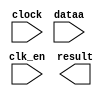
// megafunction wizard: %ALTFP_CONVERT%VBB%
// GENERATION: STANDARD
// VERSION: WM1.0
// MODULE: ALTFP_CONVERT 

// ============================================================
// Megafunction Name(s):
// 			ALTFP_CONVERT
//
// Simulation Library Files(s):
// 			lpm
// ============================================================
// ************************************************************
// THIS IS A WIZARD-GENERATED FILE. DO NOT EDIT THIS FILE!
//
// 13.0.1 Build 232 06/12/2013 SP 1 SJ Full Version
// ************************************************************

//Copyright (C) 1991-2013 Altera Corporation
//Your use of Altera Corporation's design tools, logic functions 
//and other software and tools, and its AMPP partner logic 
//functions, and any output files from any of the foregoing 
//(including device programming or simulation files), and any 
//associated documentation or information are expressly subject 
//to the terms and conditions of the Altera Program License 
//Subscription Agreement, Altera MegaCore Function License 
//Agreement, or other applicable license agreement, including, 
//without limitation, that your use is for the sole purpose of 
//programming logic devices manufactured by Altera and sold by 
//Altera or its authorized distributors.  Please refer to the 
//applicable agreement for further details.

module fp_convert (
	clk_en,
	clock,
	dataa,
	result)/* synthesis synthesis_clearbox = 1 */;

	input	  clk_en;
	input	  clock;
	input	[63:0]  dataa;
	output	[31:0]  result;

endmodule

// ============================================================
// CNX file retrieval info
// ============================================================
// Retrieval info: LIBRARY: altera_mf altera_mf.altera_mf_components.all
// Retrieval info: PRIVATE: INTENDED_DEVICE_FAMILY STRING "Cyclone II"
// Retrieval info: CONSTANT: INTENDED_DEVICE_FAMILY STRING "Cyclone II"
// Retrieval info: CONSTANT: LPM_HINT STRING "UNUSED"
// Retrieval info: CONSTANT: LPM_TYPE STRING "altfp_convert"
// Retrieval info: CONSTANT: OPERATION STRING "INT2FLOAT"
// Retrieval info: CONSTANT: ROUNDING STRING "TO_NEAREST"
// Retrieval info: CONSTANT: WIDTH_DATA NUMERIC "64"
// Retrieval info: CONSTANT: WIDTH_EXP_INPUT NUMERIC "8"
// Retrieval info: CONSTANT: WIDTH_EXP_OUTPUT NUMERIC "8"
// Retrieval info: CONSTANT: WIDTH_INT NUMERIC "64"
// Retrieval info: CONSTANT: WIDTH_MAN_INPUT NUMERIC "23"
// Retrieval info: CONSTANT: WIDTH_MAN_OUTPUT NUMERIC "23"
// Retrieval info: CONSTANT: WIDTH_RESULT NUMERIC "32"
// Retrieval info: USED_PORT: clk_en 0 0 0 0 INPUT NODEFVAL "clk_en"
// Retrieval info: CONNECT: @clk_en 0 0 0 0 clk_en 0 0 0 0
// Retrieval info: USED_PORT: clock 0 0 0 0 INPUT NODEFVAL "clock"
// Retrieval info: CONNECT: @clock 0 0 0 0 clock 0 0 0 0
// Retrieval info: USED_PORT: dataa 0 0 64 0 INPUT NODEFVAL "dataa[63..0]"
// Retrieval info: CONNECT: @dataa 0 0 64 0 dataa 0 0 64 0
// Retrieval info: USED_PORT: result 0 0 32 0 OUTPUT NODEFVAL "result[31..0]"
// Retrieval info: CONNECT: result 0 0 32 0 @result 0 0 32 0
// Retrieval info: GEN_FILE: TYPE_NORMAL fp_convert.v TRUE FALSE
// Retrieval info: GEN_FILE: TYPE_NORMAL fp_convert.qip TRUE FALSE
// Retrieval info: GEN_FILE: TYPE_NORMAL fp_convert.bsf TRUE TRUE
// Retrieval info: GEN_FILE: TYPE_NORMAL fp_convert_inst.v TRUE TRUE
// Retrieval info: GEN_FILE: TYPE_NORMAL fp_convert_bb.v TRUE TRUE
// Retrieval info: GEN_FILE: TYPE_NORMAL fp_convert.inc TRUE TRUE
// Retrieval info: GEN_FILE: TYPE_NORMAL fp_convert.cmp TRUE TRUE
// Retrieval info: PRIVATE: SYNTH_WRAPPER_GEN_POSTFIX NUMERIC "1"
// Retrieval info: LIB_FILE: lpm